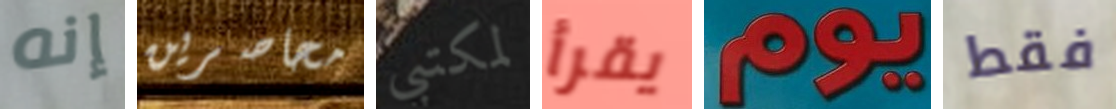
إنه محاصرين لمكتبي يقرأ يوم فقط